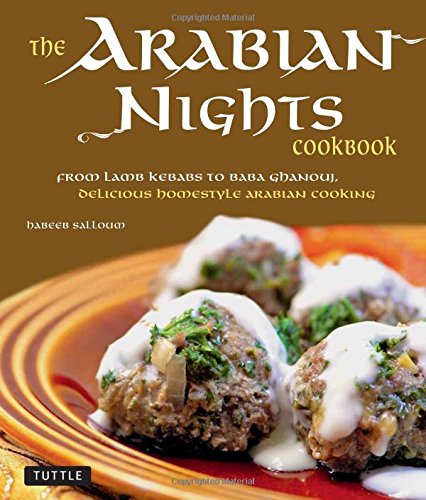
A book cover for The Arabian Nights Cookbook: From Lamb Kebabs to Baba Ghanouj, Delicious Homestyle Middle Eastern Cookbook; Habeeb Salloum; Cookbooks, Food & Wine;